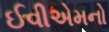
ઈવીએમનો